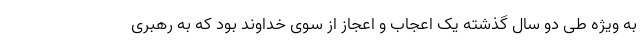
به ویژه طی دو سال گذشته یک اعجاب و اعجاز از سوی خداوند بود که به رهبری